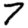
Digit: 7